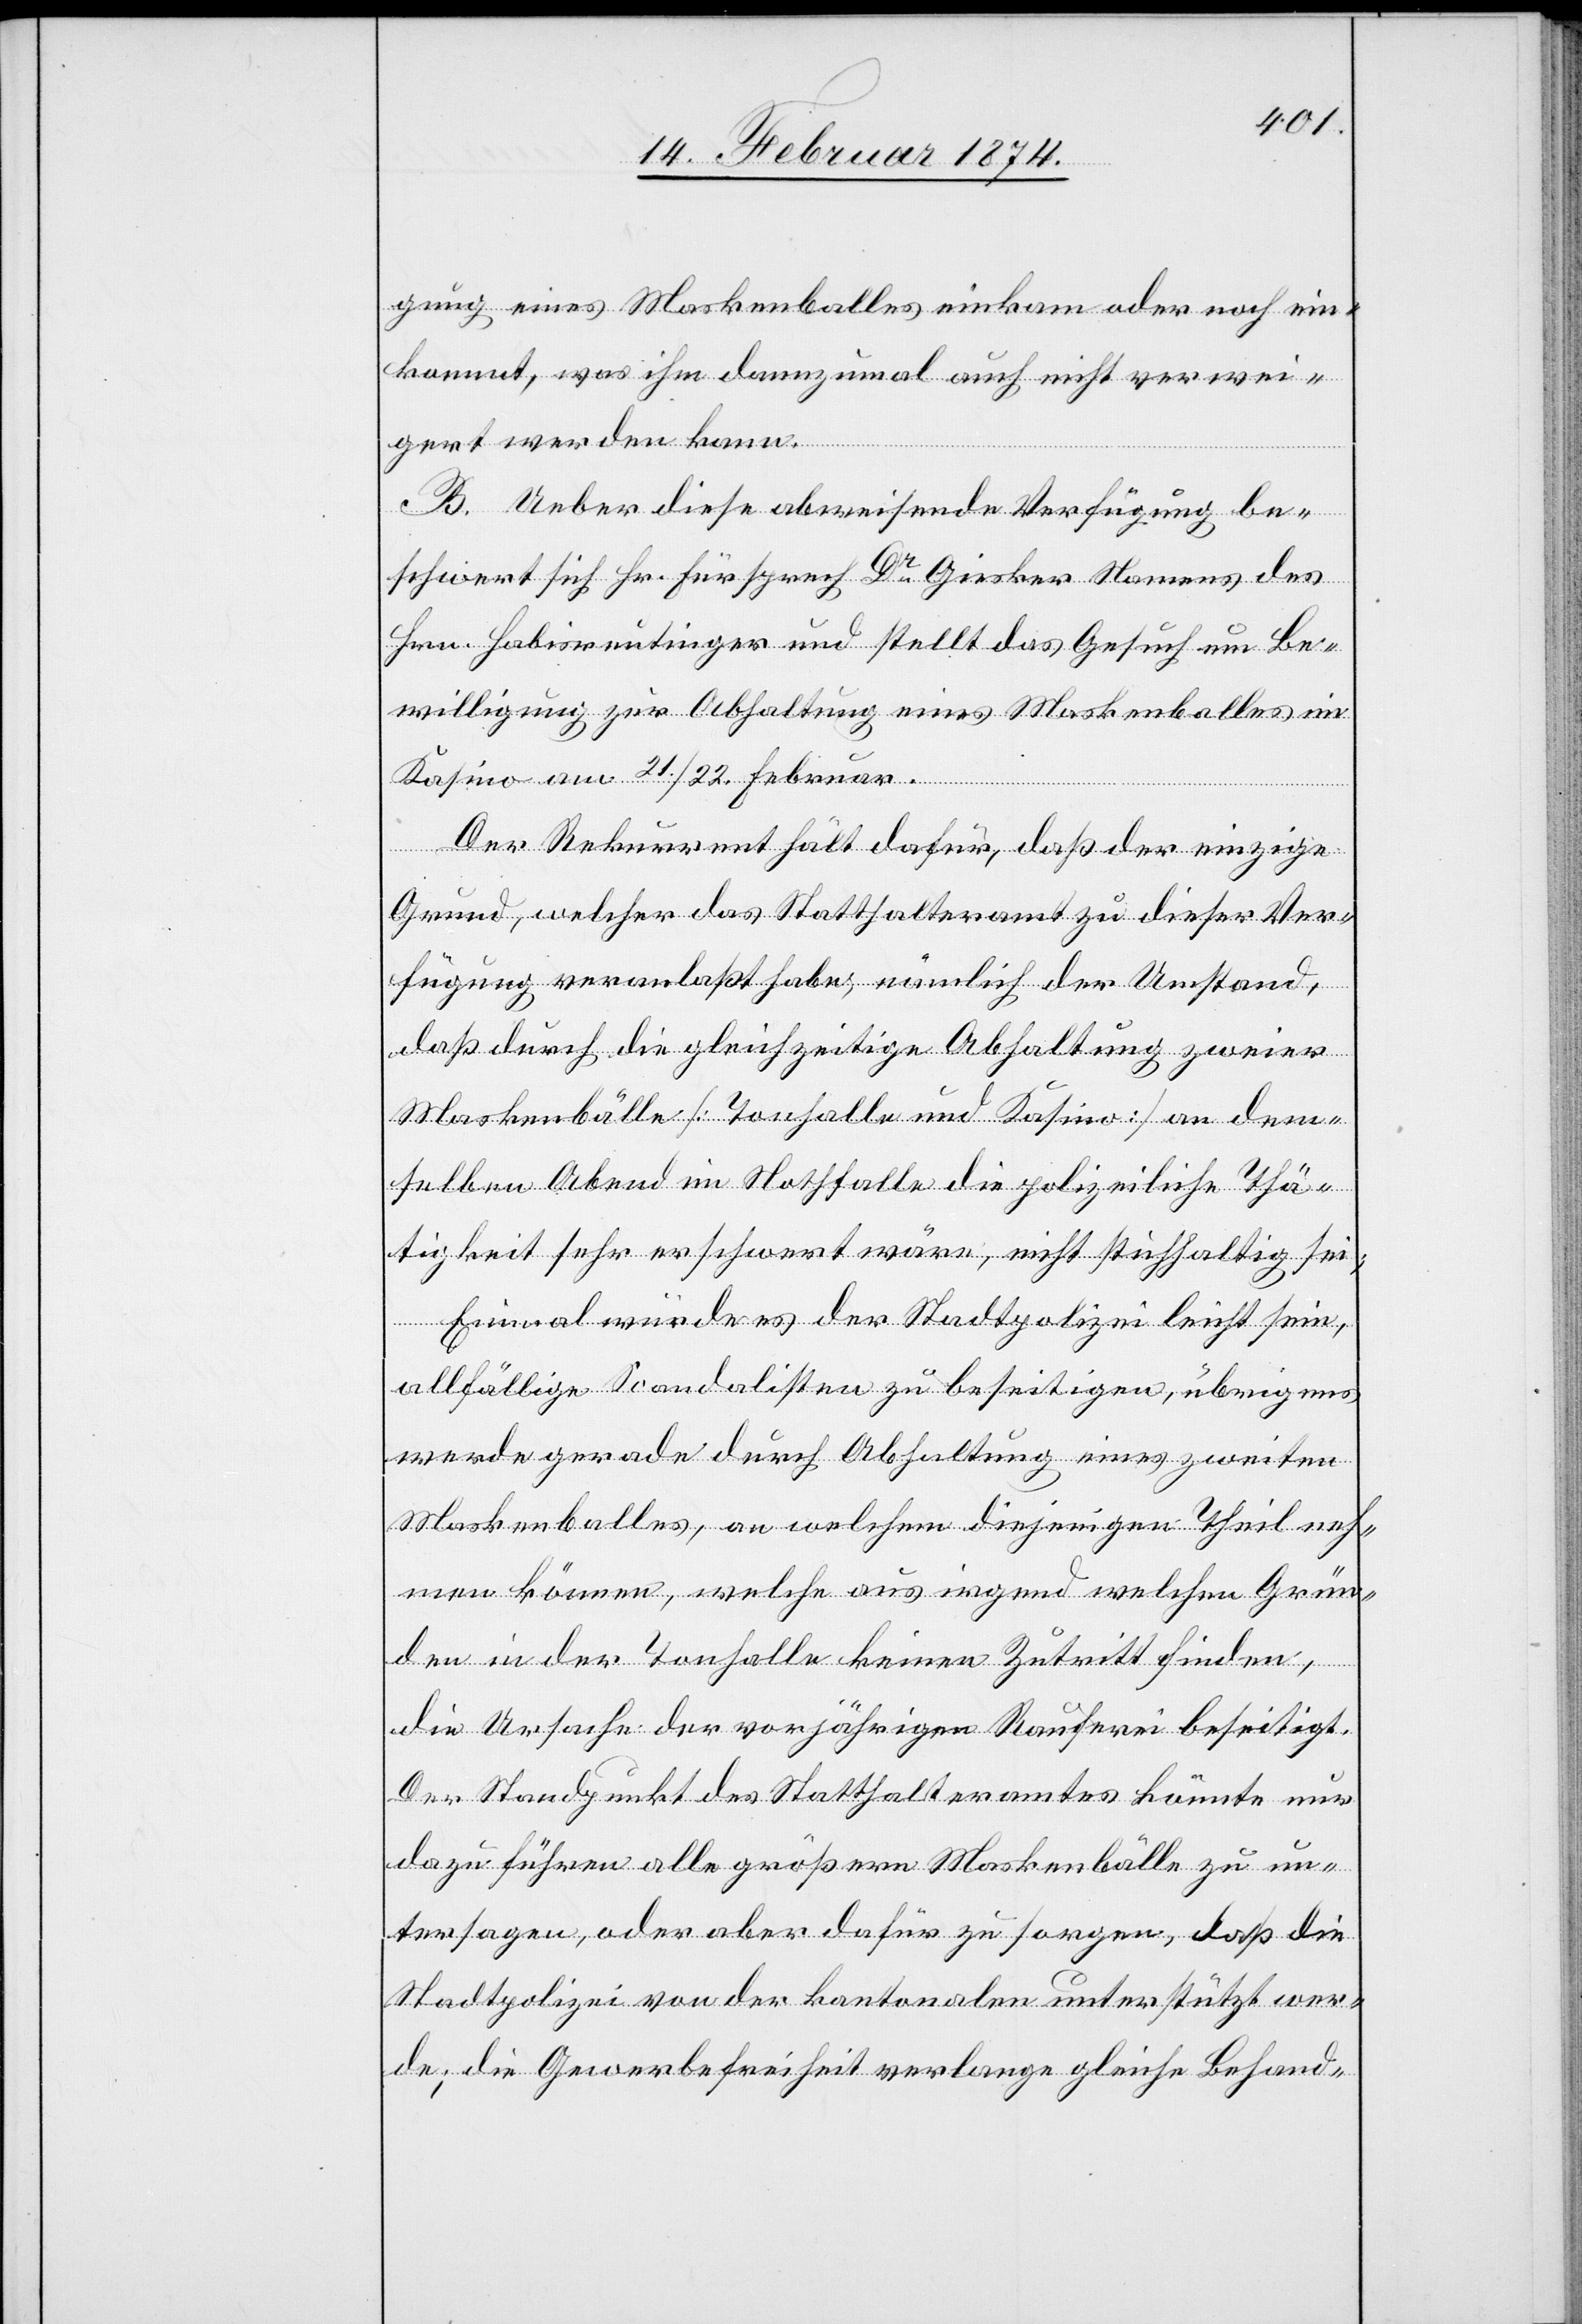
gung eines Maskenballes einkam oder noch ein¬
kommt, was ihm demzumal auch nicht verwei¬
gert werden kann.
B. Ueber diese abweisende Verfügung be¬
schwert sich Hr. Fürsprech Dr Gisker Namens des
Hrn. Habisreutinger und stellt das Gesuch um Be¬
willigung zur Abhaltung eines Maskenballes im
Kasino am 21./22. Februar.
Der Rekurrent hält dafür, daß der einzige
Grund, welcher das Statthalteramt zu dieser Ver¬
fügung veranlaßt habe, nämlich der Umstand,
daß durch die gleichzeitige Abhaltung zweier
Maskenbälle [Tonhalle und Kasino] an dem¬
selben Abend im Nothfalle die polizeiliche Thä¬
tigkeit sehr erschwert wäre, nicht stichhaltig sei;
Einmal würde es der Stadtpolizei leicht sein,
allfällige Scandalisten zu beseitigen, übrigens
werde gerade durch Abhaltung eines zweiten
Maskenballes, an welchem diejenigen Theilneh¬
mer können, welche aus irgend welchen Grün¬
den in der Tonhalle keinen Zutritt finden,
die Ursache der vorjährigen Rauferei beseitigt.
Der Standpunkt des Statthalteramtes könnte nur
dazu führen alle größern Maskenbälle zu un¬
tersagen, oder aber dafür zu sorgen, daß die
Stadtpolizei von der kantonalen unterstützt wer¬
de; die Gewerbefreiheit verlange gleiche Behand-